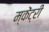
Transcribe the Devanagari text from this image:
म्केंट्री